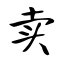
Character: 卖